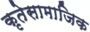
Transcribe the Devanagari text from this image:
कृतेसामाजिक